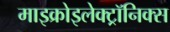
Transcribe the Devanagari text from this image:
माइक्रोइलेक्ट्रॉनिक्स